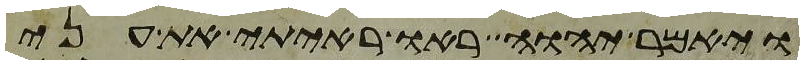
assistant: ויאמר יהוה ראו ראיתי את עני